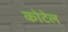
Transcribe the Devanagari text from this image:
कोटेल